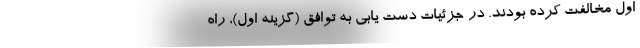
اول مخالفت کرده بودند. در جزئیات دست یابی به توافق (گزینه اول)، راه